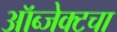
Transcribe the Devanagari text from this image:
ऑब्जेक्टचा